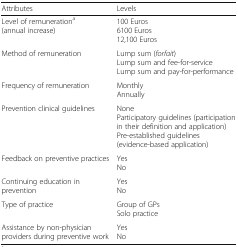
| Attributes | Levels |
 | --- | --- |
 | Level of remunerationa(annual increase) | 100 Euros6100 Euros12,100 Euros |
 | Method of remuneration | Lump sum (forfait)Lump sum and fee-for-serviceLump sum and pay-for-performance |
 | Frequency of remuneration | MonthlyAnnually |
 | Prevention clinical guidelines | NoneParticipatory guidelines (participation in their definition and application)Pre-established guidelines (evidence-based application) |
 | Feedback on preventive practices | YesNo |
 | Continuing education in prevention | YesNo |
 | Type of practice | Group of GPsSolo practice |
 | Assistance by non-physician providers during preventive work | YesNo |